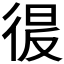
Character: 𭛲